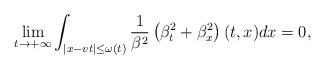
LaTeX: \begin{align*}\lim_{t\to +\infty }\int_{|x-vt| \leq \omega(t)} \frac1{\beta^2}\left(\beta_t^2 + \beta_x^2\right) (t,x) dx =0, \end{align*}